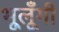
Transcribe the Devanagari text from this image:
भूलूँगी